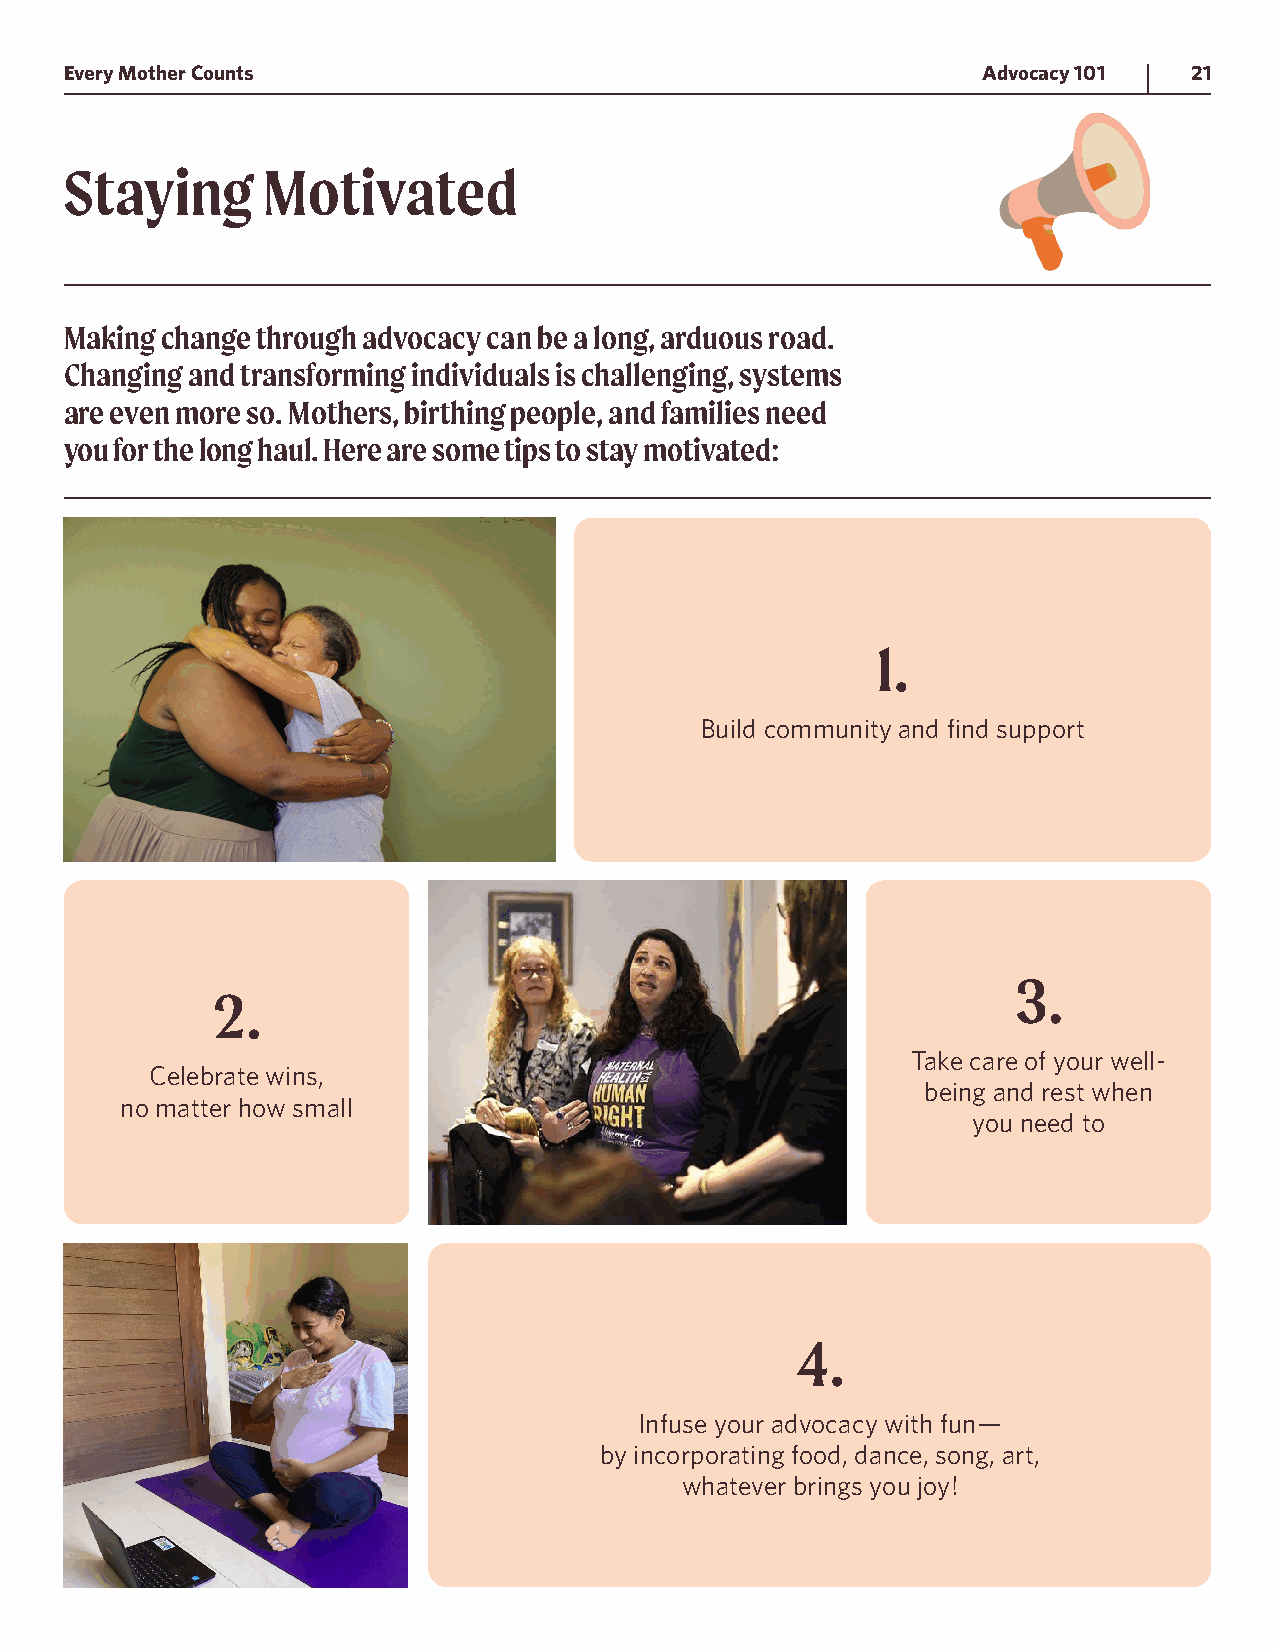
Every Mother Counts                                          Advocacy 101  21
 Staying      Motivated
 Making change through advocacy can be a long, arduous road.
 Changing and transforming individuals is challenging, systems
 are even more so. Mothers, birthing people, and families need
 you for the long haul. Here are some tips to stay motivated:
 1.
 Build community and find support
 3.
 2.
 Take care of your well-
 Celebrate wins,
 being and rest when
 no matter how small
 you need to
 4.
 Infuse your advocacy with fun—
 by incorporating food, dance, song, art,
 whatever brings you joy!